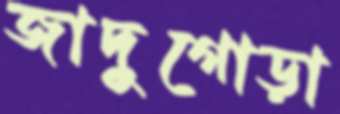
জাদুগোড়া